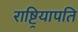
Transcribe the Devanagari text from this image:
राष्ट्रियापति